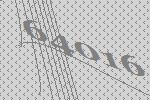
64016